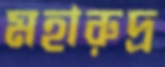
মহারুদ্র